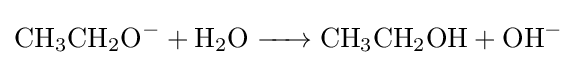
{\ce {CH3CH2O- + H2O -> CH3CH2OH + OH-}}